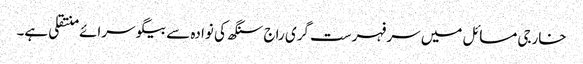
خارجی مسائل میں سر فہرست گری راج سنگھ کی نوادہ سے بیگو سرائے منتقلی ہے۔